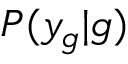
P ( y _ { g } | g )